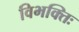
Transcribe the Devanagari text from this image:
विभक्तिः